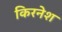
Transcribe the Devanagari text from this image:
किरनेश